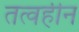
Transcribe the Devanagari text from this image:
तत्वहीन